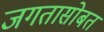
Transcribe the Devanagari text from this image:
जगतासोबत